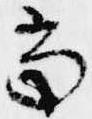
当